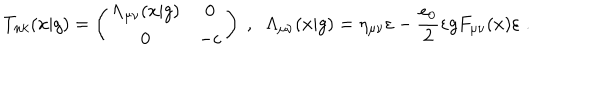
T _ { n k } ( x | g ) = \left( \begin{array} { c c } { { \Lambda _ { \mu \nu } ( x | g ) } } & { { 0 } } \\ { { 0 } } & { { - \varepsilon } } \\ \end{array} \right) \; , \; \; \Lambda _ { \mu \nu } ( x | g ) = \eta _ { \mu \nu } \varepsilon - \frac { e _ { 0 } } { 2 } \varepsilon g F _ { \mu \nu } ( x ) \varepsilon \; .